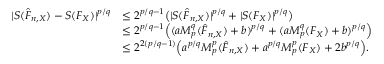
\begin{array} { r l } { | S ( \hat { F } _ { n , X } ) - S ( F _ { X } ) | ^ { p / q } } & { \leq 2 ^ { p / q - 1 } \big ( | S ( \hat { F } _ { n , X } ) | ^ { p / q } + | S ( F _ { X } ) | ^ { p / q } \big ) } \\ & { \leq 2 ^ { p / q - 1 } \Big ( ( a M _ { p } ^ { q } ( \hat { F } _ { n , X } ) + b ) ^ { p / q } + ( a M _ { p } ^ { q } ( F _ { X } ) + b ) ^ { p / q } \Big ) } \\ & { \leq 2 ^ { 2 ( p / q - 1 ) } \Big ( a ^ { p / q } M _ { p } ^ { p } ( \hat { F } _ { n , X } ) + a ^ { p / q } M _ { p } ^ { p } ( F _ { X } ) + 2 b ^ { p / q } \Big ) . } \end{array}